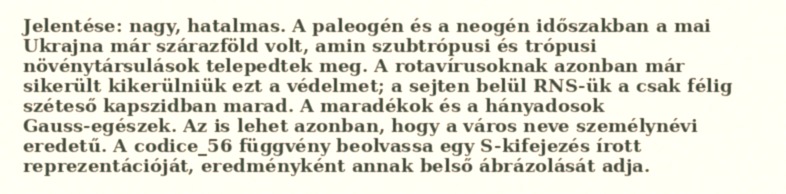
Jelentése: nagy, hatalmas. A paleogén és a neogén időszakban a mai Ukrajna már szárazföld volt, amin szubtrópusi és trópusi növénytársulások telepedtek meg. A rotavírusoknak azonban már sikerült kikerülniük ezt a védelmet; a sejten belül RNS-ük a csak félig széteső kapszidban marad. A maradékok és a hányadosok Gauss-egészek. Az is lehet azonban, hogy a város neve személynévi eredetű. A codice_56 függvény beolvassa egy S-kifejezés írott reprezentációját, eredményként annak belső ábrázolását adja.